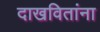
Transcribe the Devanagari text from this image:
दाखवितांना